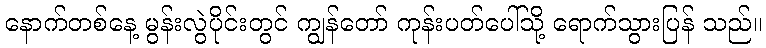
နောက်တစ်နေ့ မွန်းလွဲပိုင်းတွင် ကျွန်တော် ကုန်းပတ်ပေါ်သို့ ရောက်သွားပြန် သည်။